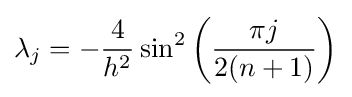
\lambda _{j}=-{\frac {4}{h^{2}}}\sin ^{2}\left({\frac {\pi j}{2(n+1)}}\right)